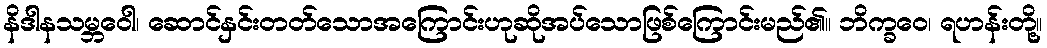
နိဒါနသမ္ဘဝေါ၊ ဆောင်နှင်းတတ်သောအကြောင်းဟုဆိုအပ်သောဖြစ်ကြောင်းမည်၏။ ဘိက္ခဝေ၊ ရဟန်းတို့။